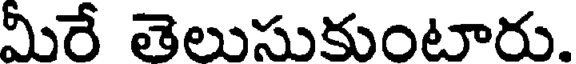
మీరే తెలుసుకుంటారు.